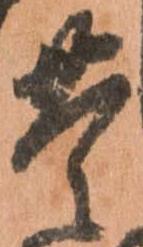
豊